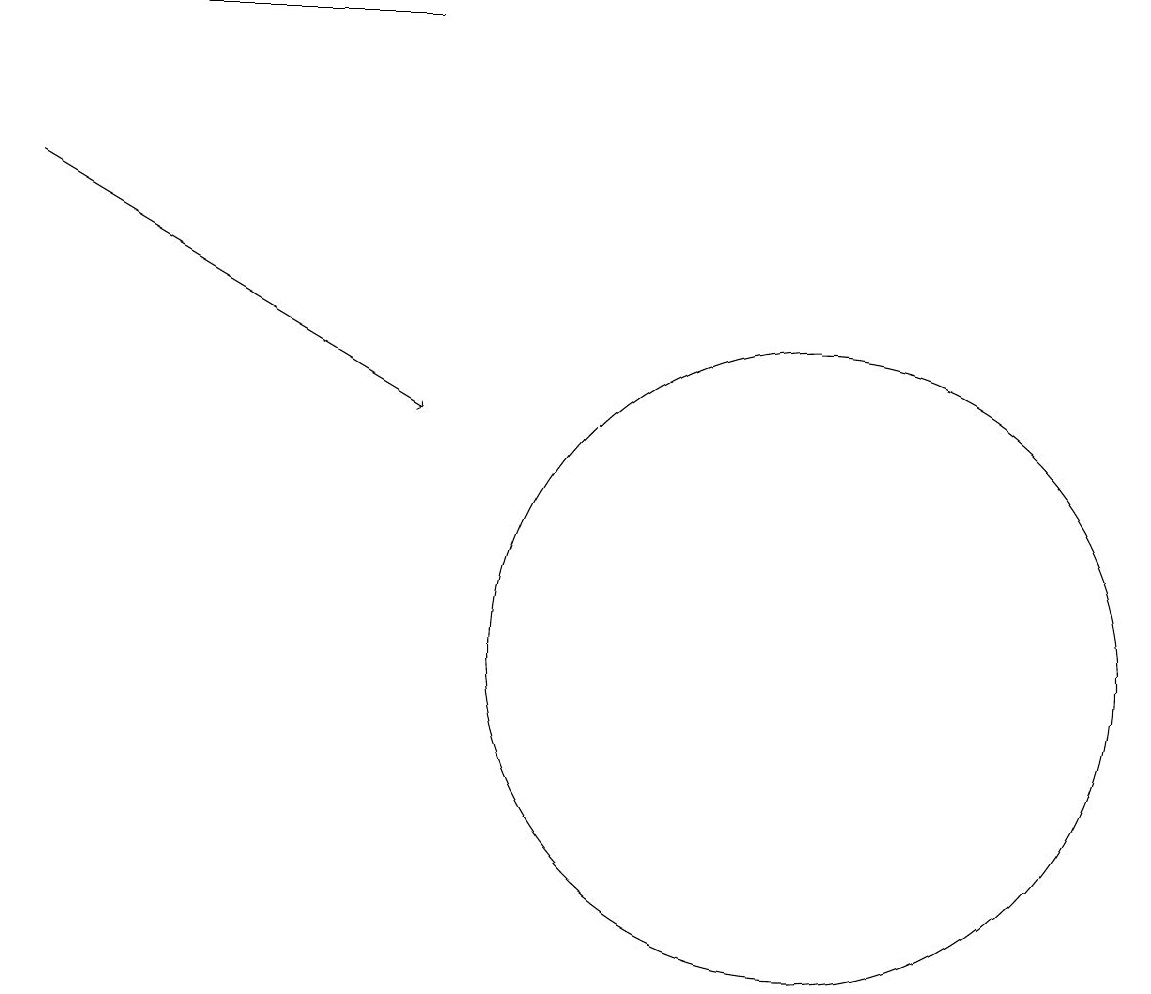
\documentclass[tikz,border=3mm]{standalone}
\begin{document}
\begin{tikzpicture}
\draw (3,18) rectangle (6,18);
\draw[->] (1,16) -- (6,13);
\draw (11,10) circle (4);
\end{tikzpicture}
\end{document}